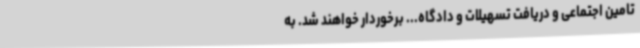
تامین اجتماعی و دریافت تسهیلات و دادگاه... برخوردار خواهند شد. به